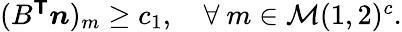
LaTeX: \begin{array}{r}{(B^{\boldsymbol{\mathsf{T}}}\boldsymbol{n})_{m}\ge c_{1},\quad\forall\ m\in\mathcal{M}(1,2)^{c}.}\end{array}